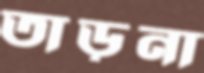
তাড়না